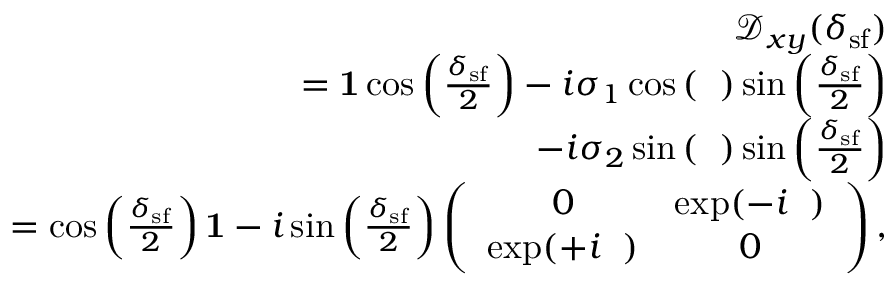
\begin{array} { r l r } & { } & { \mathcal { D } _ { x y } ( \delta _ { \mathrm { s f } } ) } \\ & { } & { = { \bf 1 } \cos \left( \frac { \delta _ { \mathrm { s f } } } { 2 } \right) - i \sigma _ { 1 } \cos \left( { \it \Delta \phi } \right) \sin \left( \frac { \delta _ { \mathrm { s f } } } { 2 } \right) } \\ & { } & { - i \sigma _ { 2 } \sin \left( { \it \Delta \phi } \right) \sin \left( \frac { \delta _ { \mathrm { s f } } } { 2 } \right) } \\ & { } & { = \cos \left( \frac { \delta _ { \mathrm { s f } } } { 2 } \right) { \bf 1 } - i \sin \left( \frac { \delta _ { \mathrm { s f } } } { 2 } \right) \left( \begin{array} { c c } { 0 } & { \exp ( - i { \it \Delta \phi } ) } \\ { \exp ( + i { \it \Delta \phi } ) } & { 0 } \end{array} \right) , } \end{array}